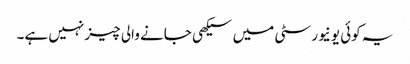
یہ کوئی یونیورسٹی میں سیکھی جانے والی چیز نہیں ہے۔